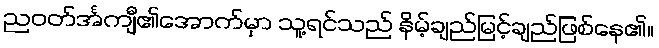
ညဝတ်င်္အကျီ၏အောက်မှာ သူ့ရင်သည် နိမ့်ချည်မြင့်ချည်ဖြစ်နေ၏။